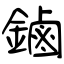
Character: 鏀